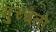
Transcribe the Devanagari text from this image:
मुच्चतो